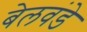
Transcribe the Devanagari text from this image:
बेलवंडे